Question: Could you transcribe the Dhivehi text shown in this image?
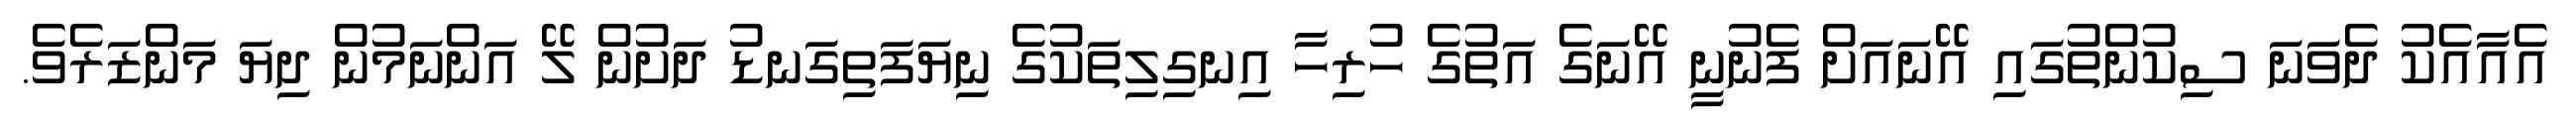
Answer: އެއާއެކު ދެވަނަ ސިކުންތުގައި އޭނައަށް ފެނުނީ އޭނަގެ އަތުގެ ހުރިހާ އިނގިލިތަކުގެ ނިޔަފަތިގަނޑު ދަށުން ލޭ އަންނަމުން ދިޔަ މަންޒަރެވެ.